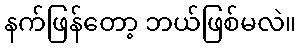
နက်ဖြန်တော့ ဘယ်ဖြစ်မလဲ။